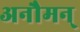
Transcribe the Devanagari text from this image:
अनौमन्